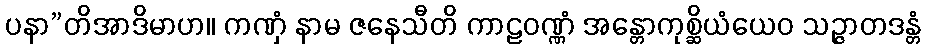
ပနာ”တိအာဒိမာဟ။ ကဏှံ နာမ ဇနေသီတိ ကာဠဝဏ္ဏံ အန္တောကုစ္ဆိယံယေဝ သဉ္ဇာတဒန္တံ